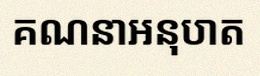
គណនាអនុបាត